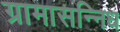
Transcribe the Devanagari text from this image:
ग्रामासन्निध